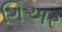
ગિઅર